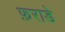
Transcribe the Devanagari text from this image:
फ़राडे